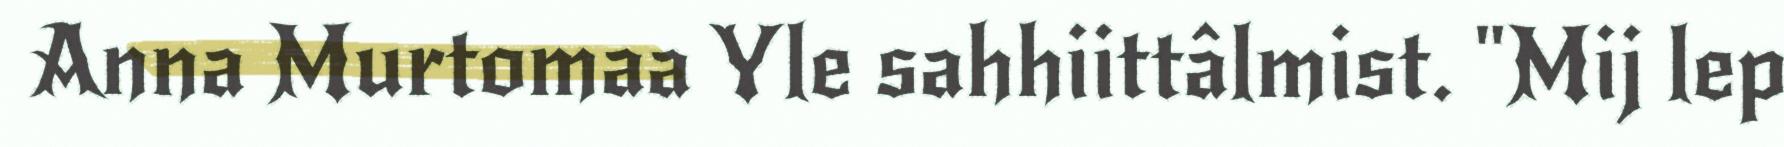
Anna Murtomaa Yle sahhiittâlmist. "Mij lep